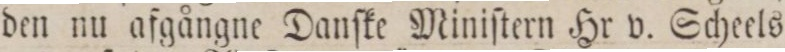
den nu afgångne Danſke Miniſtern Hr v. Scheels